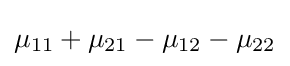
\mu _{11}+\mu _{21}-\mu _{12}-\mu _{22}